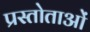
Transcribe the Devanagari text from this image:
प्रस्तोताओं